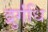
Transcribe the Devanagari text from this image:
द्रुर्गंधि